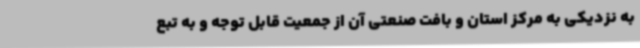
به نزدیکی به مرکز استان و بافت صنعتی آن از جمعیت قابل توجه و به تبع